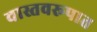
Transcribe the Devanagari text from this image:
वास्तवरूपात